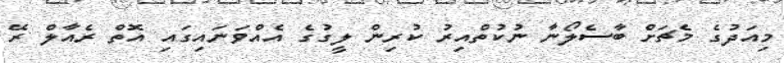
މިއަދުގެ މެޗަށް ބާސެލޯނާ ނުކުތްއިރު ކުރިން ލީގުގެ އެއްވަނައިގައި އޮތް ރެއާލް ރޭ